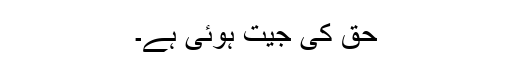
حق کی جیت ہوئی ہے۔